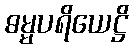
ဓမ္မပရိယေဋ္ဌိ